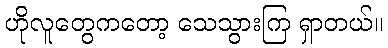
ဟိုလူတွေကတော့ သေသွားကြ ရှာတယ်။